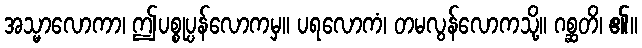
အသ္မာလောကာ၊ ဤပစ္စုပ္ပန်လောကမှ။ ပရလောကံ၊ တမလွန်လောကသို့။ ဂစ္ဆတိ၊ ၏။